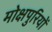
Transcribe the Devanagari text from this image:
मोक्षपुरियों